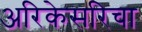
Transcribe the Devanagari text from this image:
अरिकेसरिचा